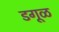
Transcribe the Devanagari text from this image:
डगूळ